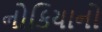
નોકિયાનો